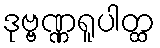
ဒုဗ္ဗဏ္ဏရူပါတ္ထ